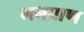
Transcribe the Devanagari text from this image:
मनप्राण